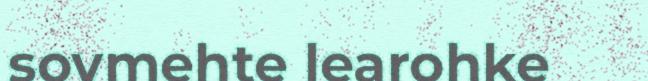
sovmehte learohke